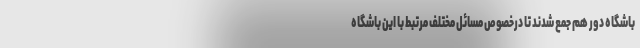
باشگاه دور هم جمع شدند تا درخصوص مسائل مختلف مرتبط با این باشگاه